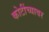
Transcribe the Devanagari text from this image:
कोटींच्यावर